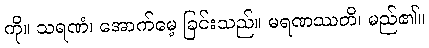
ကို။ သရဏံ၊ အောက်မေ့ ခြင်းသည်။ မရဏဿတိ၊ မည်၏။